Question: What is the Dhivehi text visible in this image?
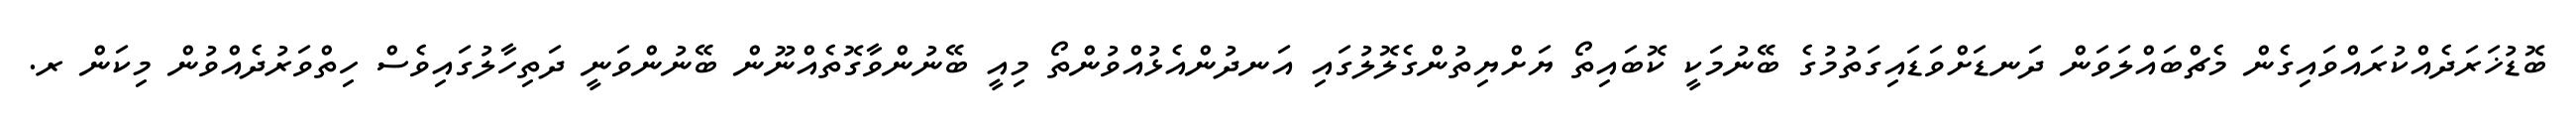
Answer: ބޮޑުޚަރަދެއްކުރައްވައިގެން މެޗްބައްލަވަން ދަނޑަށްވަޑައިގަތުމުގެ ބޭނުމަކީ ކޮބައިތޯ ޔަށްޔިތުންގެލޮލުގައި އަނދުންއެޅުއްވުންތޯ މިއީ ބޭނުންވާގޮތެއްނޫން ބޭނުންވަނީ ދަތިހާލުގައިވެސް ހިތްވަރުދެއްވުން މިކަން ރ.